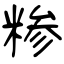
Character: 糁